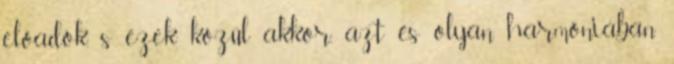
előadók, s ezek közül akkor, azt és olyan harmóniában